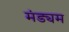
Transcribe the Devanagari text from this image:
मंड्यम